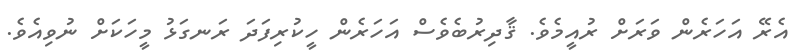
އެރޭ އަހަރެން ވަރަށް ރުއީމެވެ. ޤާދިރުބެވެސް އަހަރެން ހީކުރިފަދަ ރަނގަޅު މީހަކަށް ނުވިއެވެ.